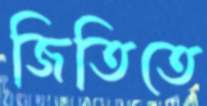
জিতিতে